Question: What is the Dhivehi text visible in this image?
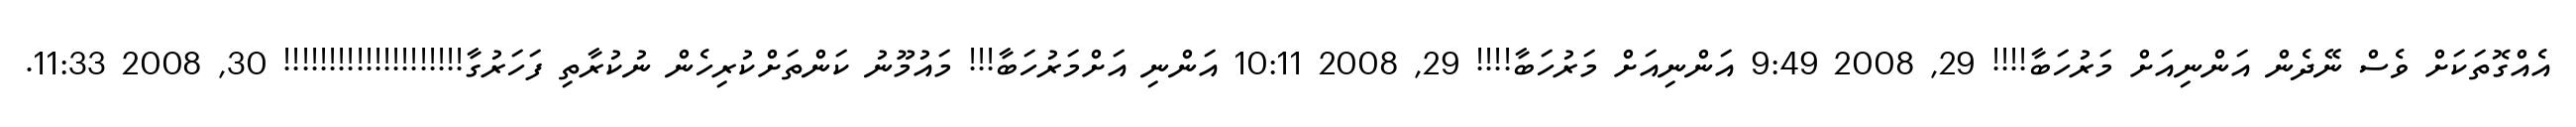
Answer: އެއްގޮތަކަށް ވެސް ނޭދެން އަންނިއަށް މަރުހަބާ!!!! 29, 2008 9:49 އަންނިއަށް މަރުހަބާ!!!! 29, 2008 10:11 އަންނި އަށްމަރުހަބާ!!! މައުމޫނު ކަންތަށްކުރިހެން ނުކުރާތި ފަހަރުގާ!!!!!!!!!!!!!!!!!!!! 30, 2008 11:33.